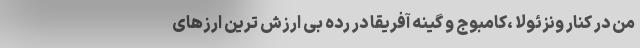
من در کنار ونزئولا ،کامبوج و گینه آفریقا در رده بی ارزش ترین ارزهای